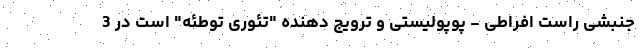
جنبشی راست افراطی - پوپولیستی و ترویج دهنده "تئوری توطئه" است در 3